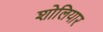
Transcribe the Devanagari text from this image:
शोलियार